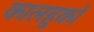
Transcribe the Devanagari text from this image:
कालहुको